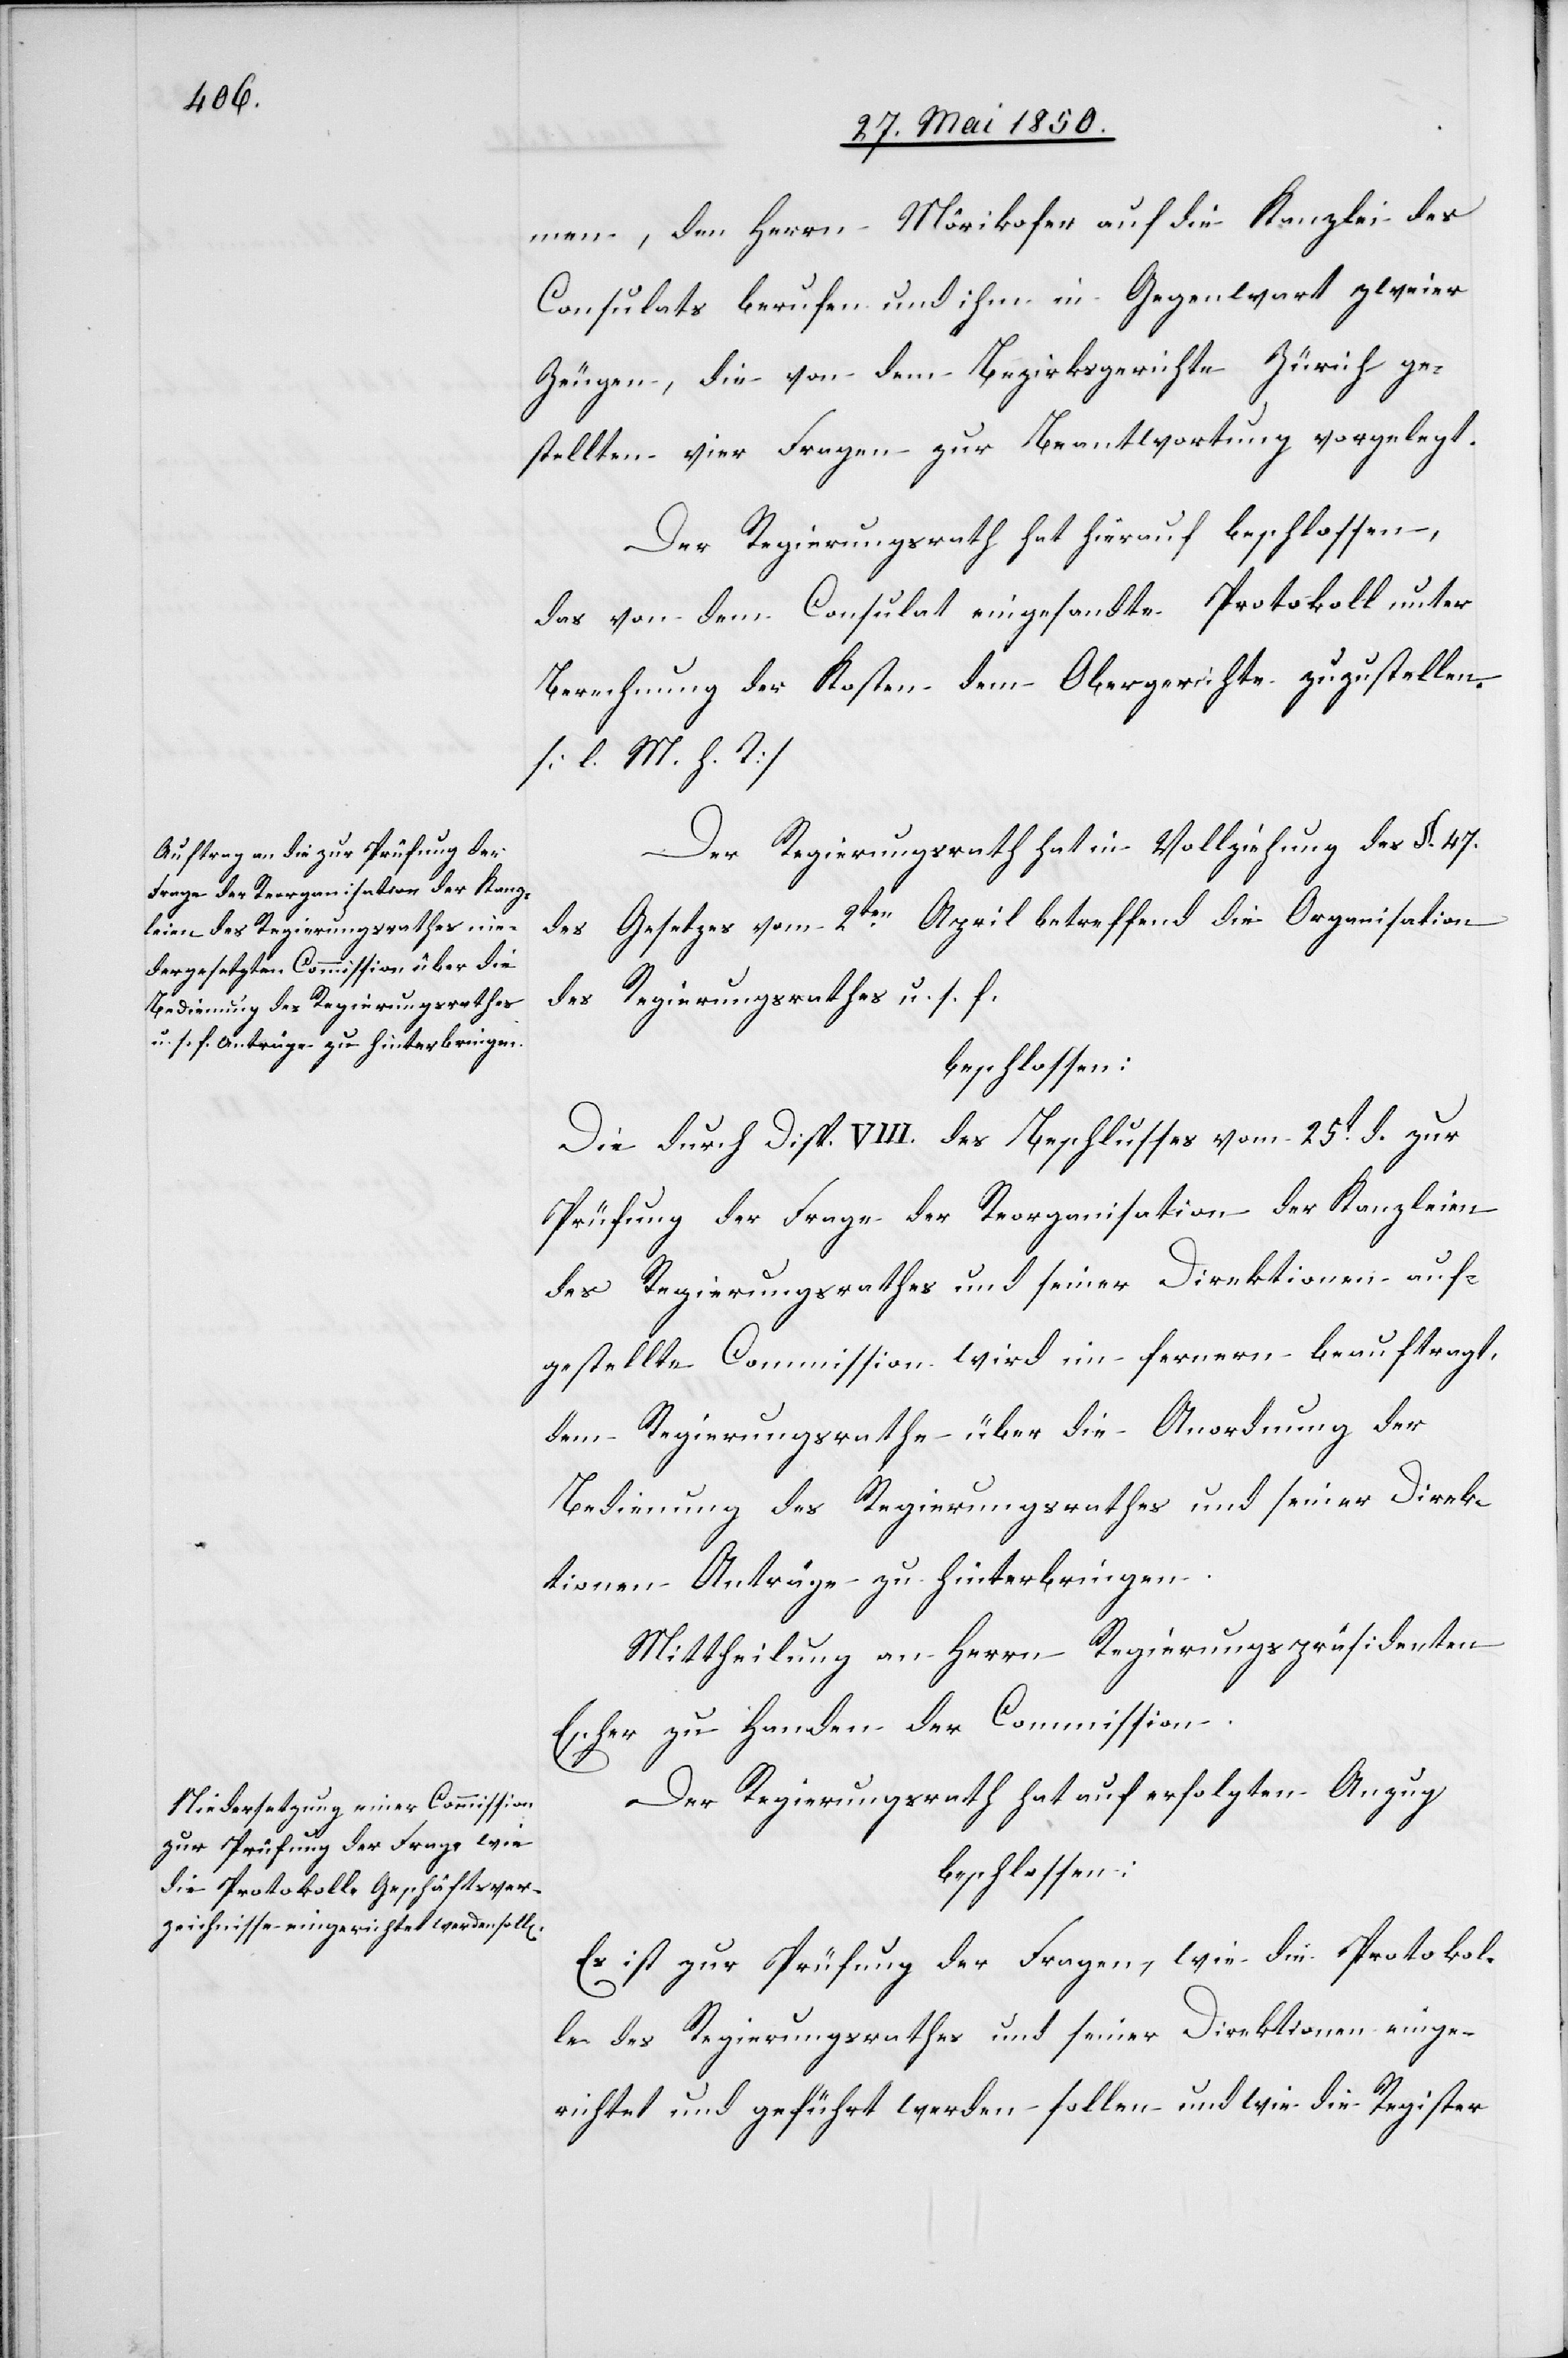
men, den Herrn Mörikofer auf die Kanzlei des
Consulats berufen und ihm in Gegenwart zweier
Zeugen, die von dem Bezirksgerichte Zürich ge¬
stellten vier Fragen zur Beantwortung vorgelegt.
Der Regierungsrath hat hierauf beschlossen,
das von dem Consulat eingesandte Protokoll unter
Berechnung der Kosten dem Obergerichte zuzustellen.
[l. M. h. T]
Der Regierungsrath hat in Vollziehung des §. 47.
des Gesetzes vom 2ten April betreffend die Organisation
des Regierungsrathes u. s. f.
beschlossen:
Die durch Disp. VIII. des Beschlusses vom 25t d. zur
Prüfung der Frage der Reorganisation der Kanzleien
des Regierungsrathes und seiner Direktionen auf¬
gestellte Commission wird im fernern beauftragt,
dem Regierungsrathe über die Anordnung der
Bedienung des Regierungsrathes und seiner Direk¬
tionen Anträge zu hinterbringen.
Mittheilung an Herrn Regierungspräsidenten
Escher zu Handen der Commission.
Der Regierungsrath hat auf erfolgen Anzug
beschlossen:
Es ist zur Prüfung der Fragen, wie die Protokol¬
le des Regierungsrathes und seiner Direktionen einge¬
richtet und geführt werden sollen und wie die Register